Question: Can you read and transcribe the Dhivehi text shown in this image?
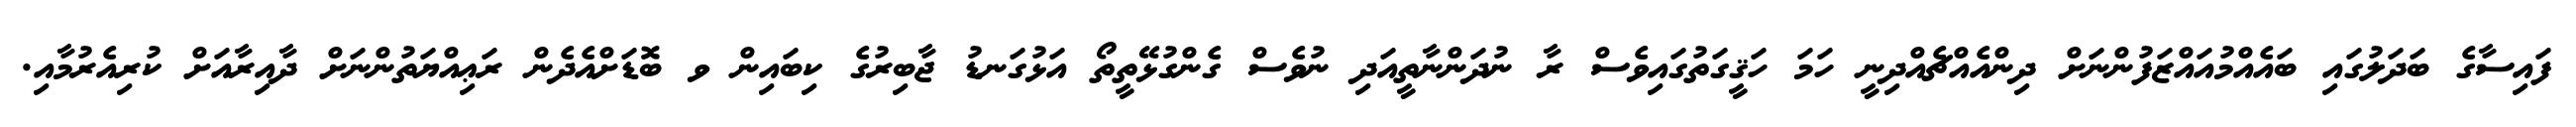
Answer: ފައިސާގެ ބަދަލުގައި ބައެއްމުއައްޒަފުންނަށް ދިންއެއްޗެއްދިނީ ހަމަ ހަޤީގަތުގައިވެސް ރާ ނުދަންނާތީއަދި ނުވެސް ގެންގުޅޭތީތޯ އަޅުގަނޑު ޖާބިރުގެ ކިބައިން ވ ބޮޑަށްއެދެން ރަޢިއްޔަތުންނަށް ދާއިރާއަށް ކުރިއެރުމާއި.